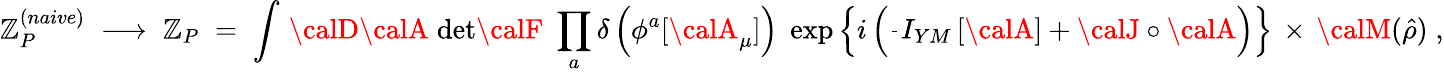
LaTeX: \mathbb{Z}_{P}^{(naive)}\; \longrightarrow\; \mathbb{Z}_{P}\; =\; \int\, {\calD}{\calA}\; \mathrm{{det}}{\calF}\; \prod_{a}\delta\left(\phi^{a}[{\calA}_{\mu}]\right)\; \exp\left\{ i\left(\frac{{}}{{}}I_{YM}\left[{\calA}\right]+{\calJ}\circ{\calA}\right)\right\} \, \times\, {\calM}(\hat{{\rho}})\; ,